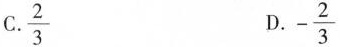
C.\frac{2}{3} D.-\frac{2}{3}